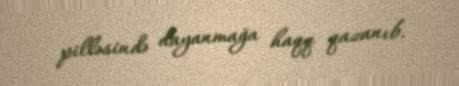
pilləsində dayanmağa haqq qazanıb.